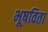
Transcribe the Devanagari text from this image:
भूषविता